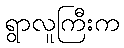
ရွာလူကြီးက